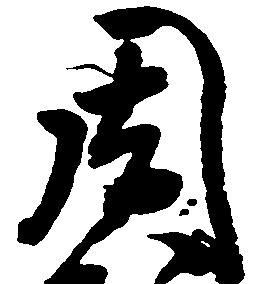
周